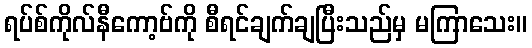
ရပ်စ်ကိုလ်နီကော့ဗ်ကို စီရင်ချက်ချပြီးသည်မှ မကြာသေး။